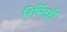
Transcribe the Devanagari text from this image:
निर्मितही